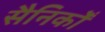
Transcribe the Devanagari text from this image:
सैनिकोँ